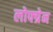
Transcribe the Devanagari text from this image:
लोफ्ग्रेन